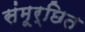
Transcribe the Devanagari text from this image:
संमूर्छित